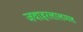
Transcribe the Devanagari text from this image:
जवाहरलालमल